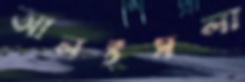
আলইসলা